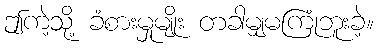
ဤကဲ့သို့ ခံစားမှုမျိုး တခါမျှမကြုံဘူးခဲ့။